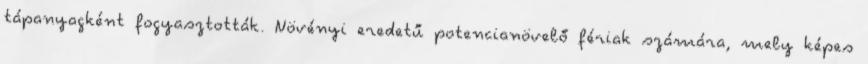
tápanyagként fogyasztották. Növényi eredetű potencianövelő fériak számára, mely képes